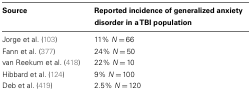
<table><thead><tr><td><b>Source</b></td><td><b>Reported incidence of generalized anxiety disorder in a TBI population</b></td></tr></thead><tbody><tr><td>Jorge et al. (103)</td><td>11% <i>N</i> = 66</td></tr><tr><td>Fann et al. (377)</td><td>24% <i>N</i> = 50</td></tr><tr><td>van Reekum et al. (418)</td><td>22% <i>N</i> = 10</td></tr><tr><td>Hibbard et al. (124)</td><td>9% <i>N</i> = 100</td></tr><tr><td>Deb et al. (419)</td><td>2.5% <i>N</i> = 120</td></tr></tbody></table>